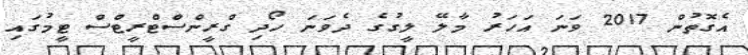
އެގޮތުން 2017 ވަނަ އަހަރު މާލޭ ލީގުގެ ދެވަނަ ހޯދި ގްރީންސްޓްރީޓްސް ޓީމުގައި